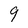
Character: 9